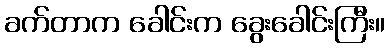
ခက်တာက ခေါင်းက ခွေးခေါင်းကြီး။